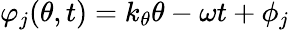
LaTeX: \varphi_{j}(\theta,t)=k_{\theta}\theta-\omega t+\phi_{j}